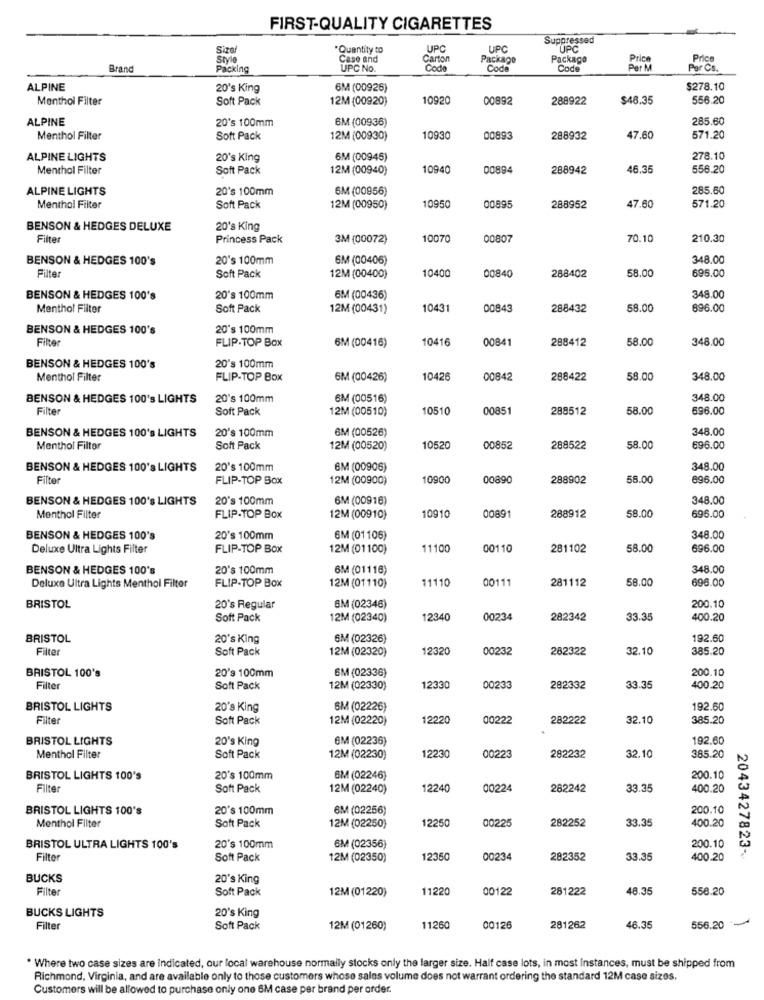
FIRST-QUALITY CIGARETTES
Suppressed
Sizer
"Quantity to
UPC
UPC
UPC
Style
Case and
Carton
Package
Package
Price
Brand
Packing
UPC No.
Code
Code
Code
Per M
Par Cs.
ALPINE
20's King
6M (00926)
$278.10
Menthol Filter
Soft Pack
12M (00920)
10920
00892
288922
$48.35
556.20
ALPINE
20's 100mm
6M (00936)
285.60
Menthol Filter
Soft Pack
12M (00930)
10930
00893
288932
47.60
571.20
ALPINE LIGHTS
20's King
6M (00945)
278.10
Menthol Filter
Soft Pack
12M (00940)
10940
00894
288942
46.35
556.20
ALPINE LIGHTS
20's 100mm
6M (00956)
285.60
Menthol Filter
Soft Pack
12M (00950)
10950
00895
288952
47.60
571.20
BENSON & HEDGES DELUXE
20's King
Filter
Princess Pack
3M (00072)
10070
00807
70.10
210.30
BENSON & HEDGES 100's
20's 100mm
6M (00406)
348.00
Filter
10400
00840
58.00
696.00
Soft Pack
12M (00400)
288402
BENSON & HEDGES 100's
20's 100mm
6M (00436)
348.00
Menthol Filter
Soft Pack
12M (00431)
10431
00843
288432
58.00
896.00
BENSON & HEDGES 100's
20's 100mm
Filter
FLIP-TOP Box
10416
00841
288412
58.00
348.00
6M (00416)
BENSON & HEDGES 100's
20's 100mm
Menthol Filter
FLIP-TOP BOX
6M (00426)
10426
00842
288422
58.00
348.00
BENSON & HEDGES 100's LIGHTS
20's 100mm
6M (00516)
348.00
Filter
Soft Pack
12M (00510)
10510
00851
288512
58.00
696.00
BENSON & HEDGES 100's LIGHTS
20's 100mm
6M (00526)
348.00
Menthol Filter
Soft Pack
12M (00520)
10520
00852
288522
58.00
696.00
BENSON & HEDGES 100's LIGHTS
20's 100mm
6M (00906)
348.00
Filter
FLIP-TOP Box
12M (00900)
10900
00890
288902
58.00
896.00
BENSON & HEDGES 100's LIGHTS
20's 100mm
6M (00916)
348.00
Menthol Filter
FLIP-TOP Box
12M (00910)
10910
00891
288912
58.00
696.00
BENSON & HEDGES 100's
20's 100mm
6M (01106)
348.00
Deluxe Ultra Lights Filter
FLIP-TOP Box
12M (01100)
11100
00110
281102
58.00
696.00
BENSON & HEDGES 100's
20's 100mm
6M (01116)
348.00
FLIP-TOP Box
11110
00111
281112
58.00
696.00
Deluxe Ultra Lights Menthol Filter
12M (01110)
BRISTOL
20's Regular
6M (02346)
200.10
Soft Pack
12M (02340)
12340
00234
282342
33.35
400.20
BRISTOL
20's King
6M (02326)
192.60
Filter
Soft Pack
12M (02320)
12320
00232
282322
32.10
385.20
BRISTOL 100's
20's 100mm
SM (02336)
200.10
Filter
Soft Pack
12M (02330)
12330
00233
282332
33.35
400.20
BRISTOL LIGHTS
20's King
6M (02226)
192.60
Filter
Soft Pack
12M (02220)
12220
00222
282222
32.10
385.20
BRISTOL LIGHTS
20's King
6M (02236)
192.60
Menthol Filter
Soft Pack
12M (02230)
1223
00223
282232
32.1
385.20
BRISTOL LIGHTS 100's
20's 100mm
6M (02246)
200.10
Filter
Soft Pack
12M (02240)
12240
00224
282242
33.35
400.20
BRISTOL LIGHTS 100's
20's 100mm
6M (02256)
200.10
00225
33.35
400.20
Menthol Filter
Soft Pack
12M (02250)
12250
282252
BRISTOL ULTRA LIGHTS 100's
20's 100mm
6M (02356)
200.10
2043427823-
Filter
Soft Pack
12M (02350)
12350
00234
282352
33.35
400.20
BUCKS
20's King
Filter
Soft Pack
12M (01220)
11220
00122
281222
46.3
558.20
20's King
BUCKS LIGHTS
Filter
Soft Pack
12M (01260)
11260
00126
281262
46.3
556.20
* Where two case sizes are indicated, our local warehouse normally stocks only the larger size. Half case lots, in most Instances, must be shipped from
Richmond, Virginia, and are available only to those customers whose sales volume does not warrant ordering the standard 12M case sizes.
Customers will be allowed to purchase only one 6M case per brand per order.